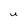
Character: U